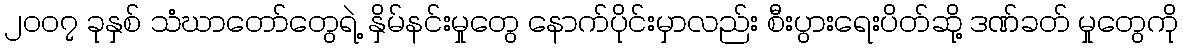
၂၀၀၇ ခုနှစ် သံဃာတော်တွေရဲ့ နှိမ်နင်းမှုတွေ နောက်ပိုင်းမှာလည်း စီးပွားရေးပိတ်ဆို့ ဒဏ်ခတ် မှုတွေကို